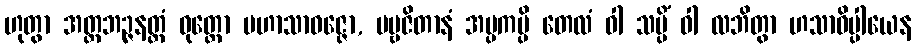
ဟုတွာ အတ္ထဘဉ္ဇနတ္ထံ ဝုတ္တော မဟာသာဝဇ္ဇော, ပဗ္ဗဇိတာနံ အပ္ပကမ္ပိ တေလံ ဝါ သပ္ပိံ ဝါ လဘိတွာ ဟသာဓိပ္ပါယေန